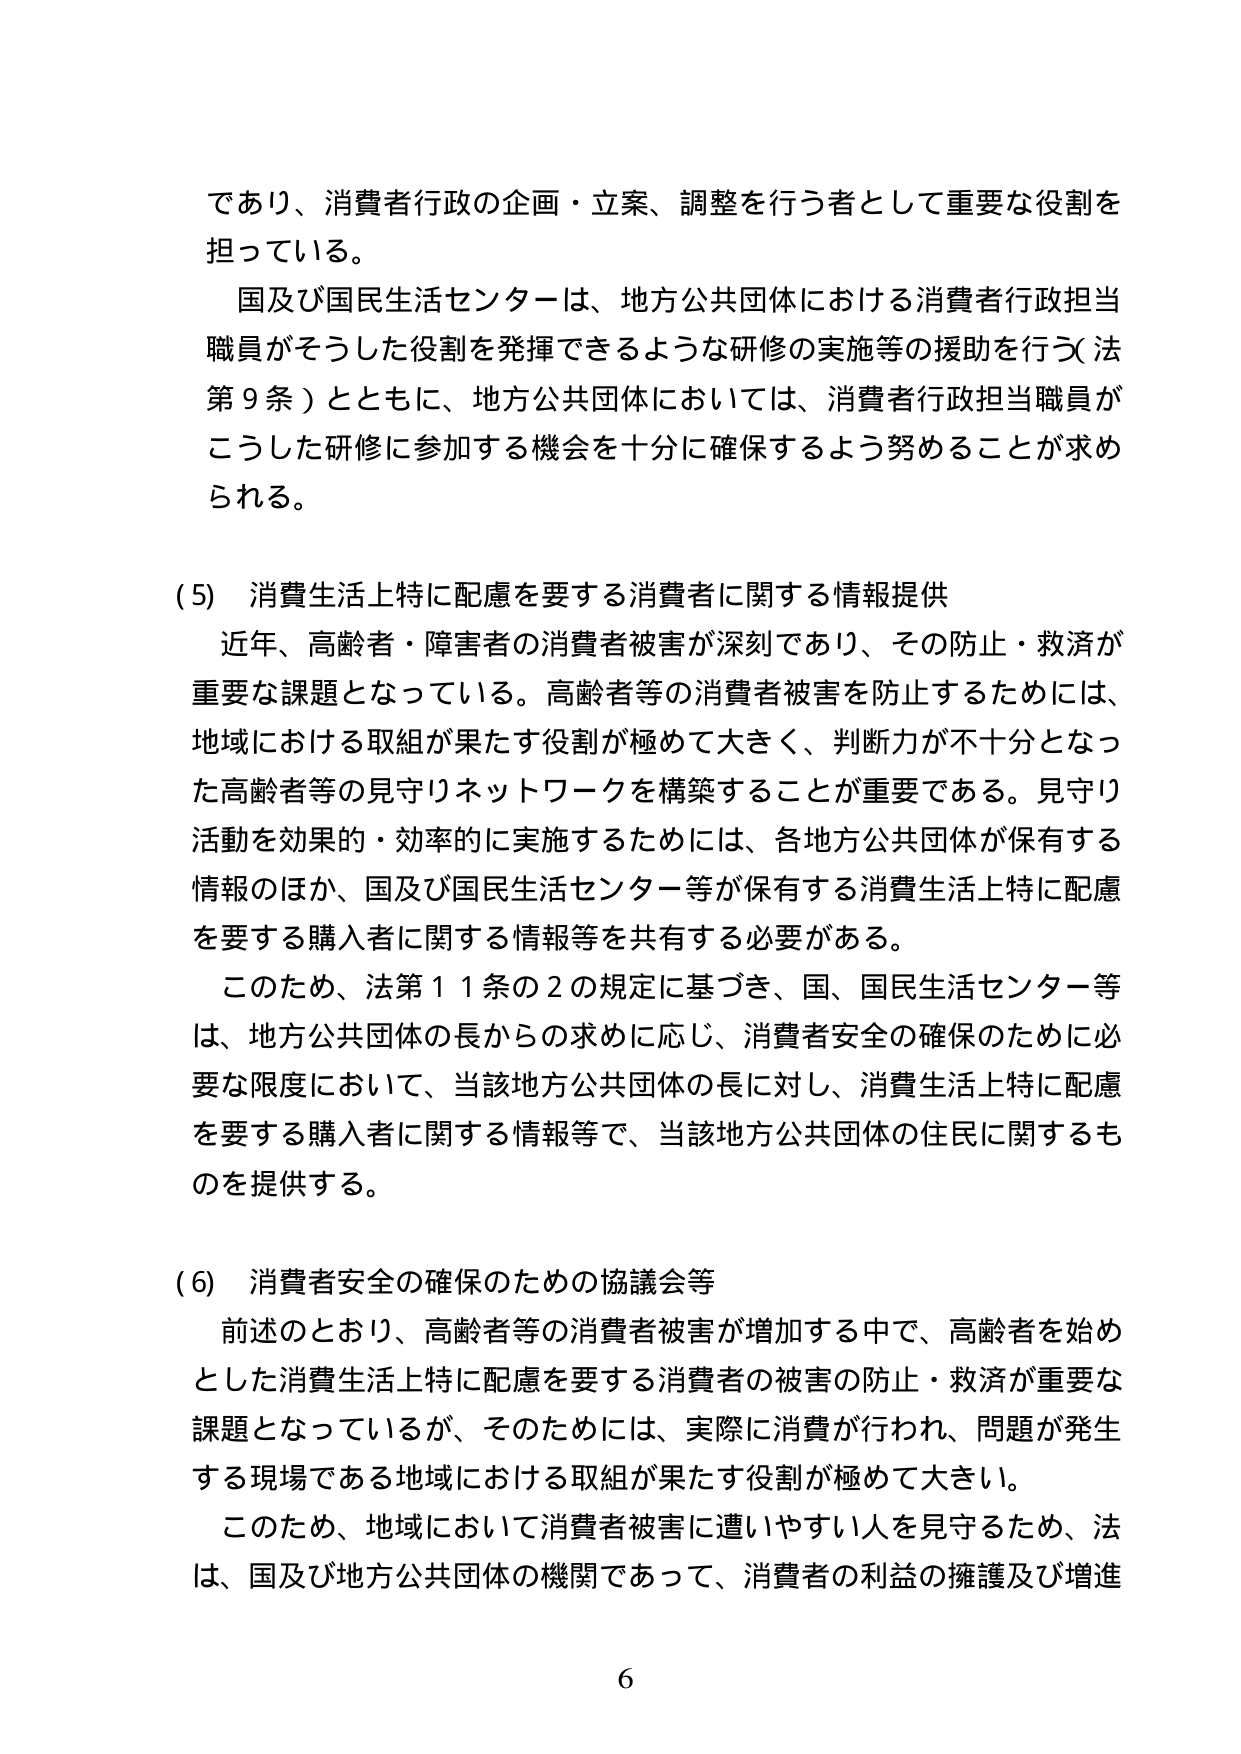
であり、消費者行政の企画・立案、調整を行う者として重要な役割を
担っている。
国及び国民生活センターは、地方公共団体における消費者行政担当
職員がそうした役割を発揮できるような研修の実施等の援助を行う（法
第９条）とともに、地方公共団体においては、消費者行政担当職員が
こうした研修に参加する機会を十分に確保するよう努めることが求め
られる。

(5) 消費生活上特に配慮を要する消費者に関する情報提供
近年、高齢者・障害者の消費者被害が深刻であり、その防止・救済が
重要な課題となっている。高齢者等の消費者被害を防止するためには、
地域における取組が果たす役割が極めて大きく、判断力が不十分となっ
た高齢者等の見守りネットワークを構築することが重要である。見守り
活動を効果的・効率的に実施するためには、各地方公共団体が保有する
情報のほか、国及び国民生活センター等が保有する消費生活上特に配慮
を要する購入者に関する情報等を共有する必要がある。
このため、法第11条の2の規定に基づき、国、国民生活センター等
は、地方公共団体の長からの求めに応じ、消費者安全の確保のために必
要な限度において、当該地方公共団体の長に対し、消費生活上特に配慮
を要する購入者に関する情報等で、当該地方公共団体の住民に関するも
のを提供する。

(6) 消費者安全の確保のための協議会等
前述のとおり、高齢者等の消費者被害が増加する中で、高齢者を始め
とした消費生活上特に配慮を要する消費者の被害の防止・救済が重要な
課題となっているが、そのためには、実際に消費が行われ、問題が発生
する現場である地域における取組が果たす役割が極めて大きい。
このため、地域において消費者被害に遭いやすい人を見守るため、法
は、国及び地方公共団体の機関であって、消費者の利益の擁護及び増進

6